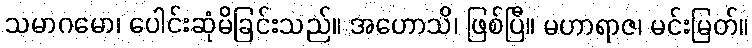
သမာဂမော၊ ပေါင်းဆုံမိခြင်းသည်။ အဟောသိ၊ ဖြစ်ပြီ။ မဟာရာဇ၊ မင်းမြတ်။